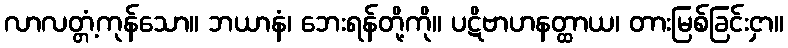
လာလတ္တံ့ကုန်သော။ ဘယာနံ၊ ဘေးရန်တို့ကို။ ပဋိဗာဟနတ္ထာယ၊ တားမြစ်ခြင်းငှာ။